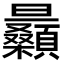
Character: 𣌛